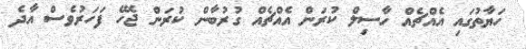
ހަޔާތުގައި އެއްޗެއް ހާސިލް ކުރަން އެއްޗެއް ގުރުބާން ކުރަން ޖެހޭ ފަހަރުވެސް އާދެ